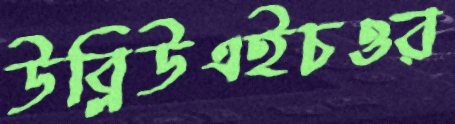
উব্লিউএইচওর